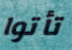
تأتوا